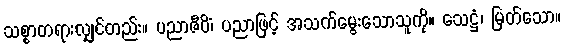
သစ္စာတရားလျှင်တည်း။ ပညာဇီဝိံ၊ ပညာဖြင့် အသက်မွေးသောသူကို။ သေဋ္ဌံ၊ မြတ်သော။